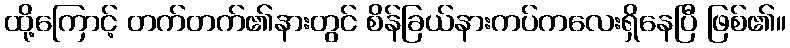
ထို့ကြောင့် တက်တက်၏နားတွင် စိန်ခြယ်နားကပ်ကလေးရှိနေပြီ ဖြစ်၏။